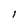
Character: 1